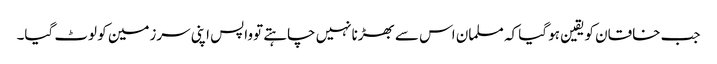
جب خاقان کویقین ہو گیا کہ مسلمان اس سے بھڑنانہیں چاہتے توواپس اپنی سرزمین کو لوٹ گیا۔